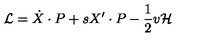
{ \cal L } = \dot { X } \cdot P + s X ^ { \prime } \cdot P - { \frac { 1 } { 2 } } v { \cal H }